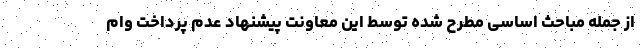
از جمله مباحث اساسی مطرح شده توسط این معاونت پیشنهاد عدم پرداخت وام